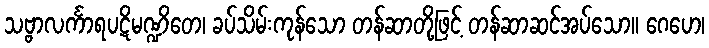
သဗ္ဗာလင်္ကာရပဋိမဏ္ဍိတေ၊ ခပ်သိမ်းကုန်သော တန်ဆာတို့ဖြင့် တန်ဆာဆင်အပ်သော။ ဂေဟေ၊